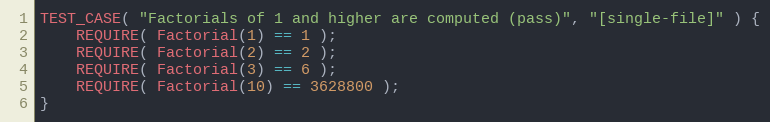
Language: C++
TEST_CASE( "Factorials of 1 and higher are computed (pass)", "[single-file]" ) {
    REQUIRE( Factorial(1) == 1 );
    REQUIRE( Factorial(2) == 2 );
    REQUIRE( Factorial(3) == 6 );
    REQUIRE( Factorial(10) == 3628800 );
}